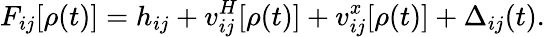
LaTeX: F_{ij}[\rho(t)]=h_{ij}+v_{ij}^{H}[\rho(t)]+v_{ij}^{x}[\rho(t)]+\Delta_{ij}(t).